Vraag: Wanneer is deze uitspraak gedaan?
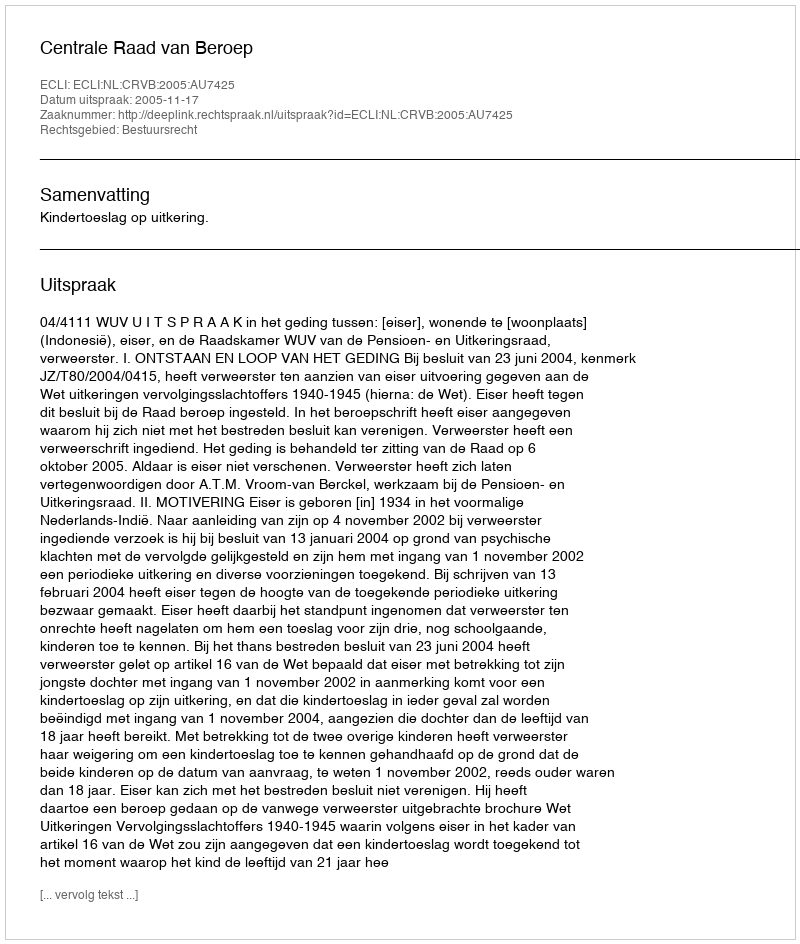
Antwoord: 2005-11-17